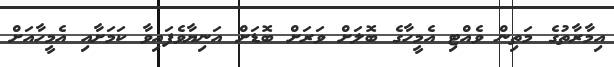
އިމާރާތުގެ މަތިން ވެއްޓި އެމީހާގެ ބޮޮލަށް ވަރަށް ބޮޑަށް އަނިޔާވެފައިވާ ކަމަށާއި އެމީހާއަށް